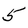
Character: 5